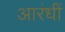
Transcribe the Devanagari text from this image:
आरंधीं